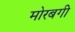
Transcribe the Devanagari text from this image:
मोरबगी